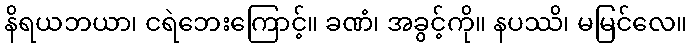
နိရယဘယာ၊ ငရဲဘေးကြောင့်။ ခဏံ၊ အခွင့်ကို။ နပဿိ၊ မမြင်လေ။